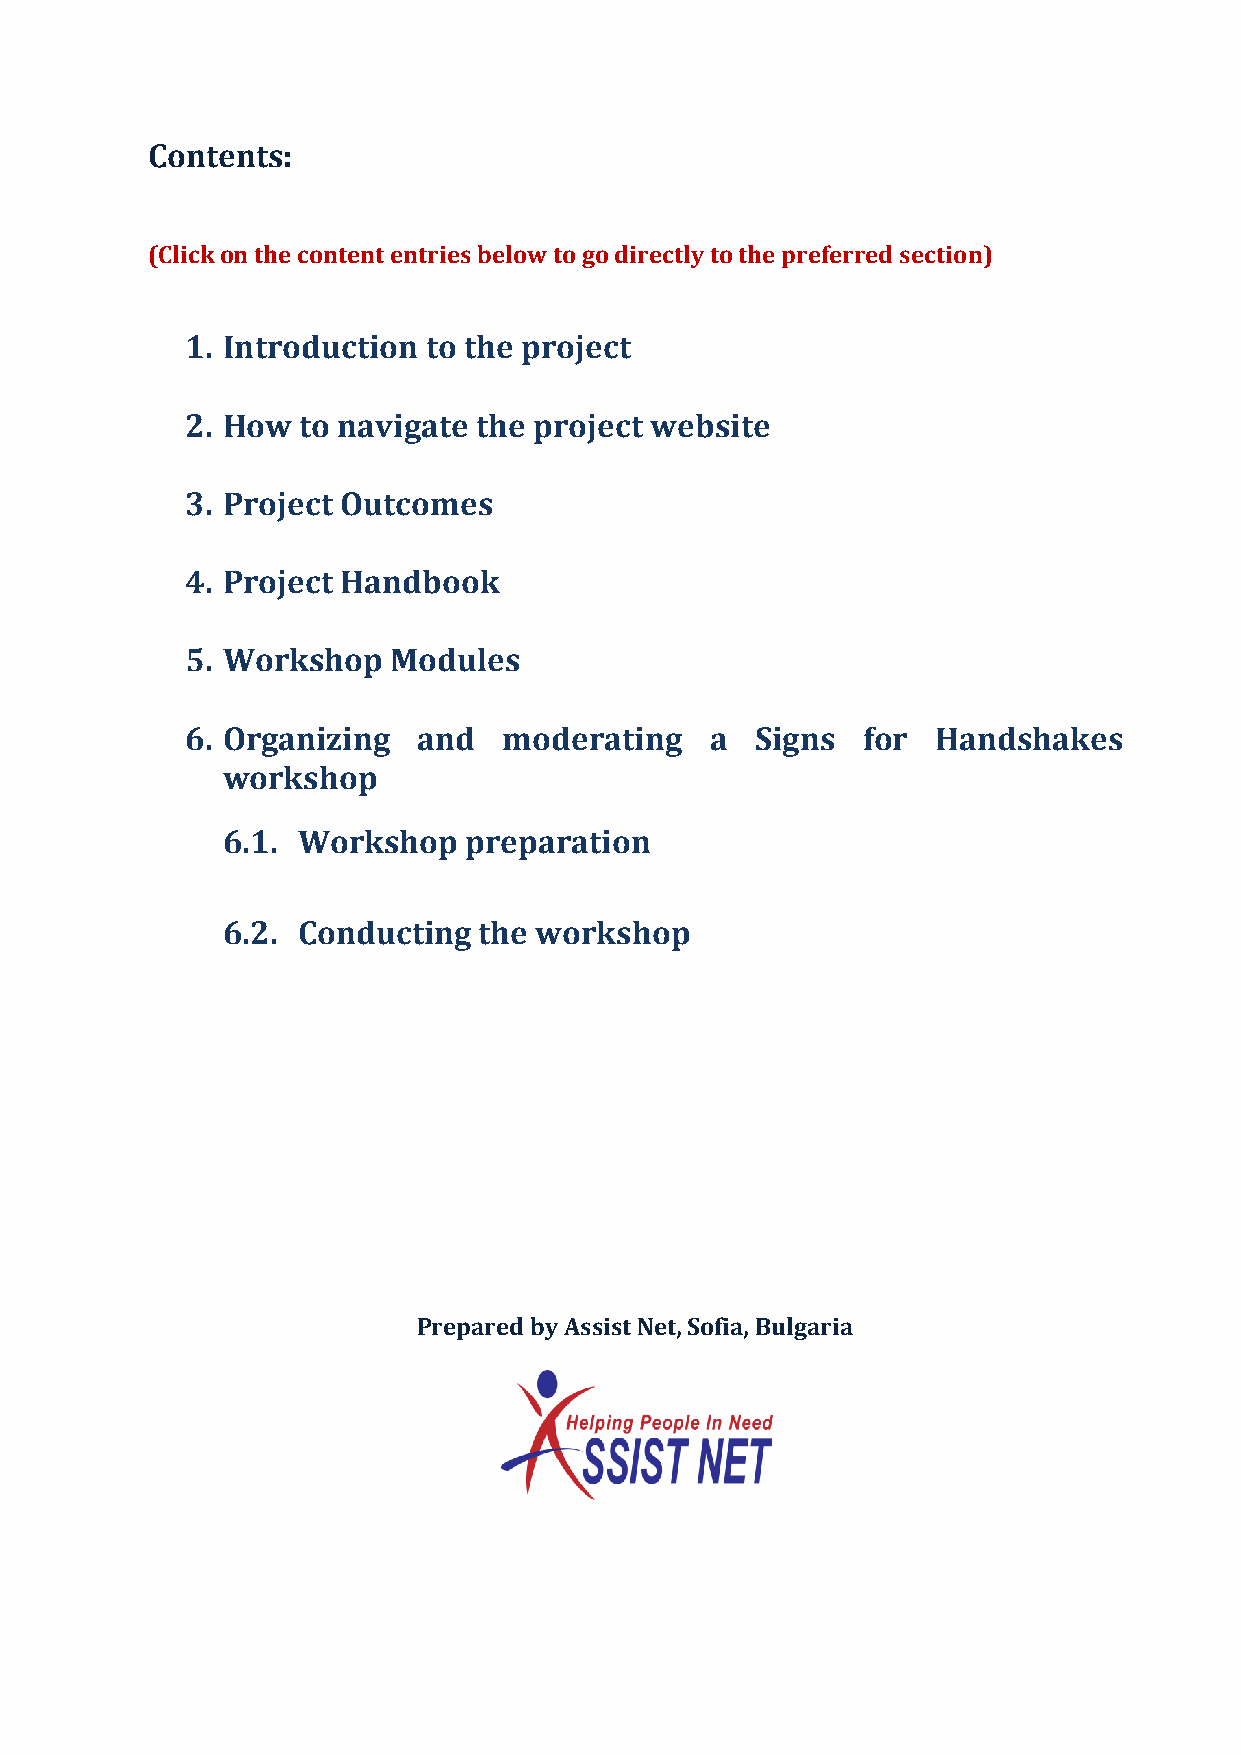
Contents:
 (Click on the content entries below to go directly to the preferred section)
 1. Introduction to the project
 2. How  to navigate the project website
 3. Project Outcomes
 4. Project Handbook
 5. Workshop   Modules
 6. Organizing   and  moderating    a  Signs  for  Handshakes
 workshop
 6.1. Workshop   preparation
 6.2. Conducting  the workshop
 Prepared by Assist Net, Sofia, Bulgaria